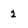
Character: 2